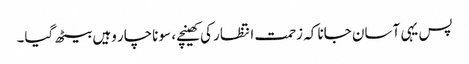
پس یہی آسان جانا کہ زحمت انتظار کی کھینچے، سو ناچار وہیں بیٹھ گیا۔